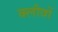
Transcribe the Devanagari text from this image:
क्लीवों